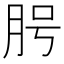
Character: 𦚊